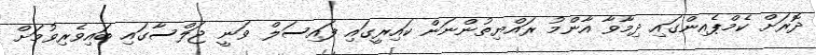
ދޮރަށް ކެމްޕެއިންގައި ދިމާވާ އާންމު ރައްޔިތުންނަން ކައިރީގައި ފައިސަލް ވަނީ ޖަލްސާގައި ބައިވެރިވުމަށް